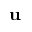
\mathbf { u }